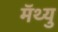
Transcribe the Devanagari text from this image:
मॅथ्यु